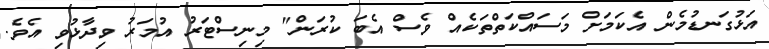
އަޅުގަނޑުމެން އެކަމަށް މަސައްކަތްތަކެއް ވެސް އެބަ ކުރަން" މިނިސްޓަރު އުމަރު ވިދާޅުވި އެވެ.